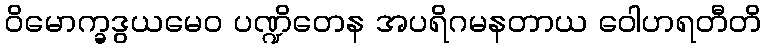
ဝိမောက္ခဒွယမေဝ ပဏ္ဍိတေန အပရိဂမနတာယ ဝေါဟရတီတိ